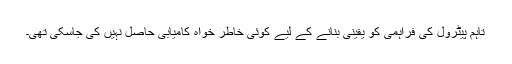
تاہم پیٹرول کی فراہمی کو یقینی بنانے کے لیے کوئی خاطر خواہ کامیابی حاصل نہیں کی جاسکی تھی۔